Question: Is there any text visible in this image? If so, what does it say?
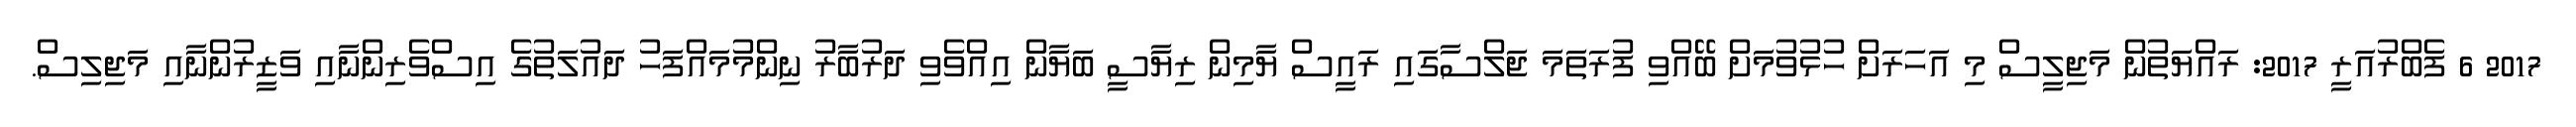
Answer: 2017 6 ފެބްރުއަރީ 2017: ރައްޔަތުން މަޖިލީސް މި އަހަރަށް ހުޅުވުމަށް ބޭއްވި ފުރަތަމަ ޖަލްސާގައި ރައީސް ޔާމިން ރިޔާސީ ބަޔާން އިއްވެވި ދަރުބާރު ނިންމުމައްފަހު ދައުލަތުގެ އިސްވެރިންނާއި ވަޒީރުންނާއި މަޖިލިސް.